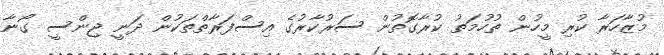
މުޒާހަރާ ކުރި މީހުން ތުހުމަތު ކުރާގޮތުން ސަރުކާރުގެ އިސްފަރާތްތަކުން ދަނީ ޖިންސީ ގޯނާ